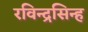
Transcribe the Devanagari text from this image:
रविन्द्रसिन्ह